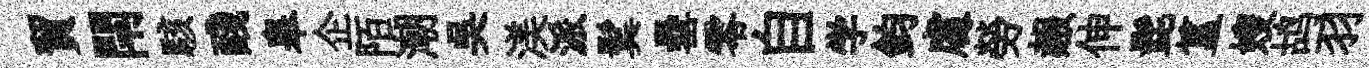
貿閈駭醆皋企陌潮吳渼派鬂罍零自学鈞䖏勞赧伸髭簋嫂鸪羽